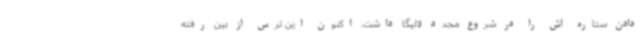
دادن ستاره اش را در شروع مجدد لالیگا داشت. اکنون این ترس از بین رفته